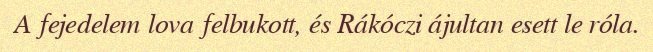
A fejedelem lova felbukott, és Rákóczi ájultan esett le róla.